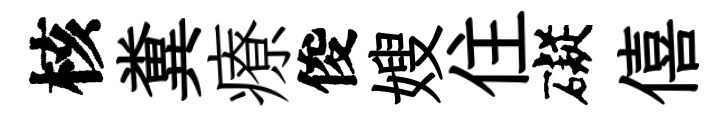
核糞療俊嫂住礙僖